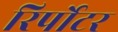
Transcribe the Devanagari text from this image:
रिर्पोटर